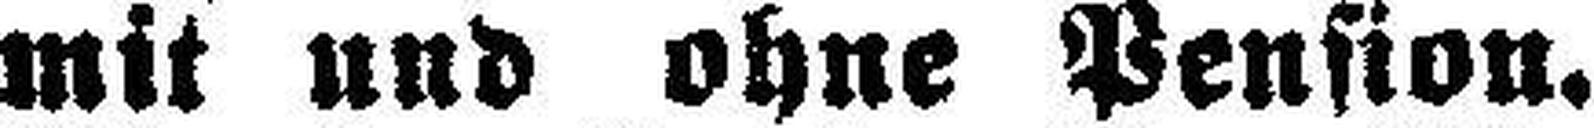
mit und ohne Pension.